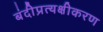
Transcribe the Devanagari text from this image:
बंदीप्रत्यक्षीकरण